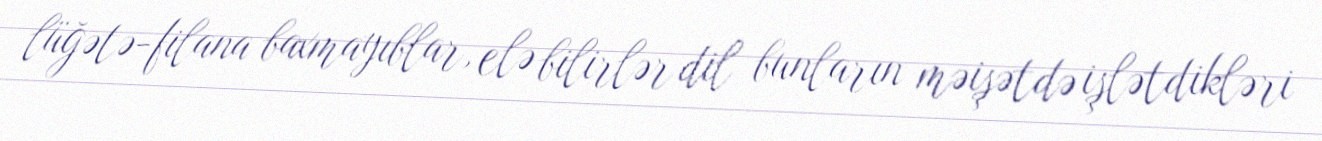
lüğətə-filana baxmayıblar, elə bilirlər dil bunların məişətdə işlətdikləri